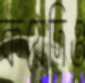
কয়েদিও